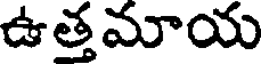
ఉత్తమాయ